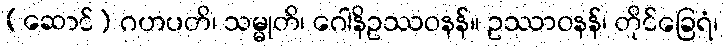
(ဆောင်) ဂဟပတိ၊ သမ္မုတိ၊ ဂေါနိဥဿဝနန်။ ဥဿာဝနန်၊ တိုင်ခြေရံ၊